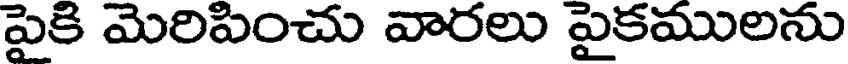
పైకి మెరిపించు వారలు పైకములను